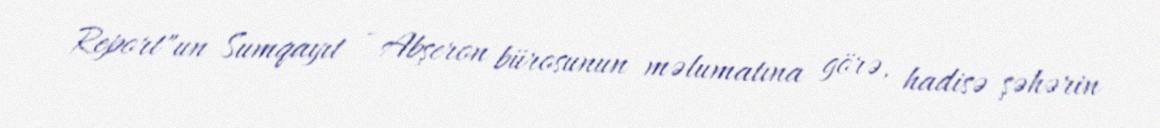
Report"un Sumqayıt - Abşeron bürosunun məlumatına görə, hadisə şəhərin